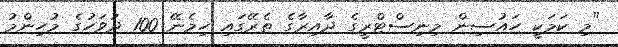
"މި ކަމަކީ ހައުސިން މިނިސްޓްރީގެ ދާއިރާގެ ތެރޭގައި ހިމެނޭ 100 ދުވަހުގެ މުހިންމު